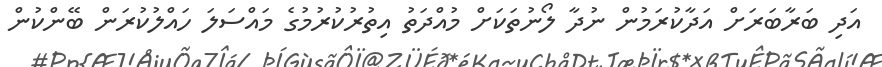
އަދި ބަރާބަރަށް އަދާކުރަމުން ނުދާ ލޯނުތަކަށް މުއްދަތު އިތުރުކުރުމުގެ މައްސަލަ ހައްލުކުރަން ބޭންކުން